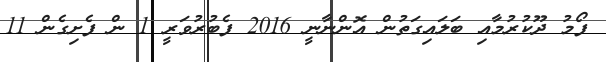
ފޯމު ދޫކުރުމާއި ބަލައިގަތުން އޮންނާނީ 2016 ފެބުރުވަރީ 1 ން ފެށިގެން 11